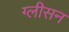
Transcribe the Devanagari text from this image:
ग्‍लीसन